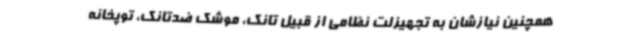
همچنین نیازشان به تجهیزلت نظامی از قبیل تانک، موشک ضدتانک، توپخانه